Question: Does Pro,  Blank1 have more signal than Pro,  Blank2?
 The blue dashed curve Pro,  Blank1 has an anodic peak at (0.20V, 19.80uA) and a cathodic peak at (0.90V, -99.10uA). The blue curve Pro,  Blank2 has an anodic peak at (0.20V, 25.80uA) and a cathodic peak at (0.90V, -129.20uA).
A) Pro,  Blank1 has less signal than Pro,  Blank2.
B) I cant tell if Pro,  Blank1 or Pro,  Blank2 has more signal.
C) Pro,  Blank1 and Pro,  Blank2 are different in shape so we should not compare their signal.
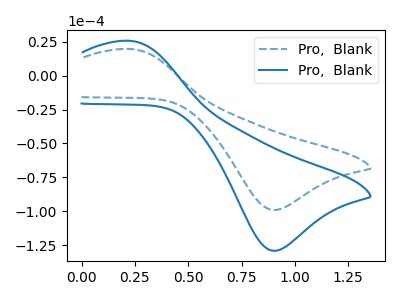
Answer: <think>All the peaks in "Pro,  Blank1" have a peak in "Pro,  Blank2" at the same potential. Every peak in "Pro,  Blank1" is lower than every peak in "Pro,  Blank2".
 </think>
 <answer>A) "Pro,  Blank1" has less signal than "Pro,  Blank2".</answer>
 <eval>A</eval>